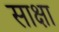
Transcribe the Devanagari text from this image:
साक्षा